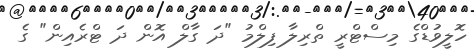
ހޮލީވުޑްގެ މިސްޓްރީ ތްރިލާ ފިލްމު "ދަ ގާލް އޮން ދަ ޓްރެއިން" ގެ